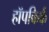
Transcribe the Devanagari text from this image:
हॉपकिर्क